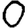
Digit: 0